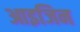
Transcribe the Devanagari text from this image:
आइजिन